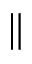
\Vert